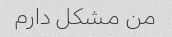
من مشکل دارم